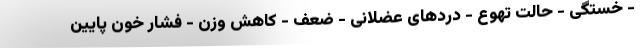
- خستگی - حالت تهوع - دردهای عضلانی - ضعف - کاهش وزن - فشار خون پایین